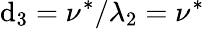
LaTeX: \mathrm{d}_{3}=\nu^{*}/\lambda_{2}=\nu^{*}